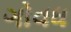
ગોવધ